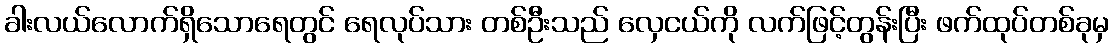
ခါးလယ်လောက်ရှိသောရေတွင် ရေလုပ်သား တစ်ဦးသည် လှေငယ်ကို လက်ဖြင့်တွန်းပြီး ဖက်ထုပ်တစ်ခုမှ